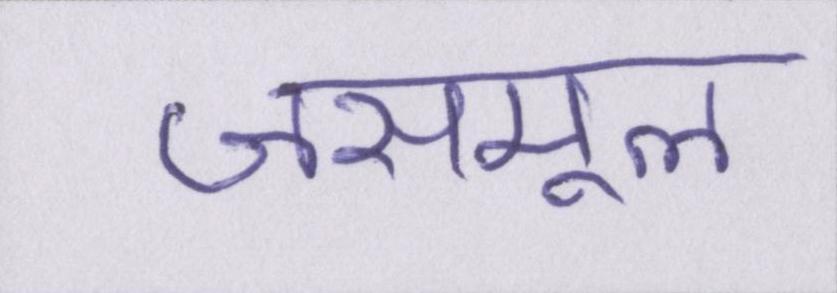
जसमूल